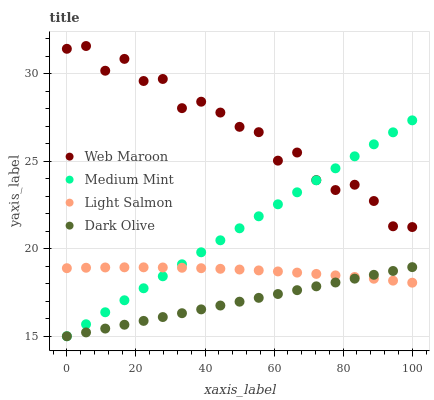
| xaxis_label | Web Maroon | Medium Mint | Light Salmon | Dark Olive |
 | --- | --- | --- | --- | --- |
 | 0 | 31.4 | 15 | 18.9 | 15 |
 | 5.56 | 31.6 | 15.7 | 18.9 | 15.2 |
 | 11.1 | 30.2 | 16.4 | 18.9 | 15.4 |
 | 16.7 | 30.8 | 17.1 | 18.9 | 15.7 |
 | 22.2 | 29.6 | 17.7 | 18.9 | 15.9 |
 | 27.8 | 29.7 | 18.4 | 18.9 | 16.1 |
 | 33.3 | 28 | 19.1 | 18.9 | 16.3 |
 | 38.9 | 28.4 | 19.8 | 18.9 | 16.5 |
 | 44.4 | 27.8 | 20.5 | 18.9 | 16.8 |
 | 50 | 27 | 21.2 | 18.8 | 17 |
 | 55.6 | 26.7 | 21.9 | 18.8 | 17.2 |
 | 61.1 | 25 | 22.5 | 18.7 | 17.4 |
 | 66.7 | 25.5 | 23.2 | 18.6 | 17.6 |
 | 72.2 | 23.9 | 23.9 | 18.6 | 17.9 |
 | 77.8 | 23.4 | 24.6 | 18.5 | 18.1 |
 | 83.3 | 23.7 | 25.3 | 18.4 | 18.3 |
 | 88.9 | 22.7 | 26 | 18.3 | 18.5 |
 | 94.4 | 21.3 | 26.6 | 18.2 | 18.7 |
 | 100 | 21.2 | 27.3 | 18.1 | 18.9 |